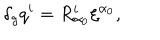
\delta _ { g } q ^ { i } = R _ { \alpha _ { 0 } } ^ { i } \xi ^ { \alpha _ { 0 } } ,